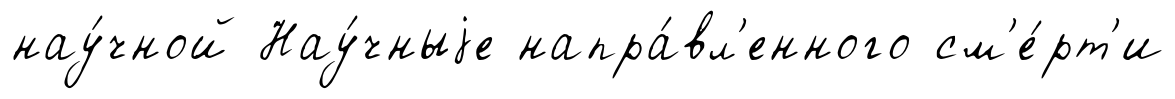
нау́чной Нау́чныjе напра́вл'енного см'е́рт'и